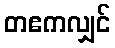
တဧကလျှင်